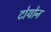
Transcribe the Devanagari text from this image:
टोयोन